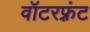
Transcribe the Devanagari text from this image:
वॉटरफ़्रंट